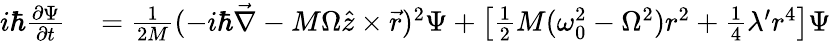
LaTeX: \begin{array}{rl}{i\hbar\frac{\partial\Psi}{\partial t}}&{{}=\frac{1}{2M}(-i\hbar\vec{\nabla}-M\Omega\hat{z}\times\vec{r})^{2}\Psi+\left[\frac{1}{2}M(\omega_{0}^{2}-\Omega^{2})r^{2}+\frac{1}{4}\lambda^{\prime}r^{4}\right]\Psi}\end{array}